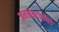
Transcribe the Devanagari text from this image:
जनसंघटनाकडे